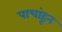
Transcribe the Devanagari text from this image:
पाचांहून